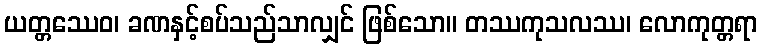
ယတ္တဿေဝ၊ ခဏနှင့်စပ်သည်သာလျှင် ဖြစ်သော။ တဿကုသလဿ၊ လောကုတ္တရာ